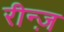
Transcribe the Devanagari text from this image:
रीन्ज़